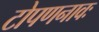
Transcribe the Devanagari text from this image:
टोपणनावः